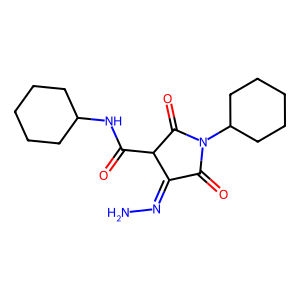
SMILES: NN=C1C(=O)N(C2CCCCC2)C(=O)C1C(=O)NC1CCCCC1
Inhibits HIV replication: No